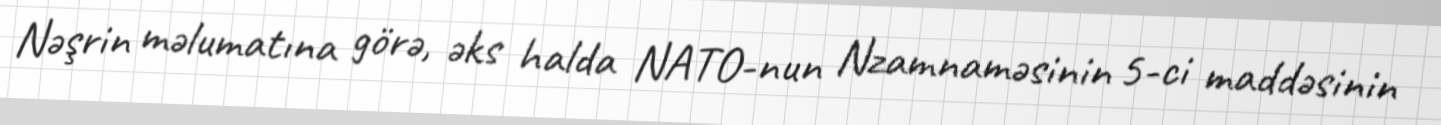
Nəşrin məlumatına görə, əks halda NATO-nun Nzamnaməsinin 5-ci maddəsinin